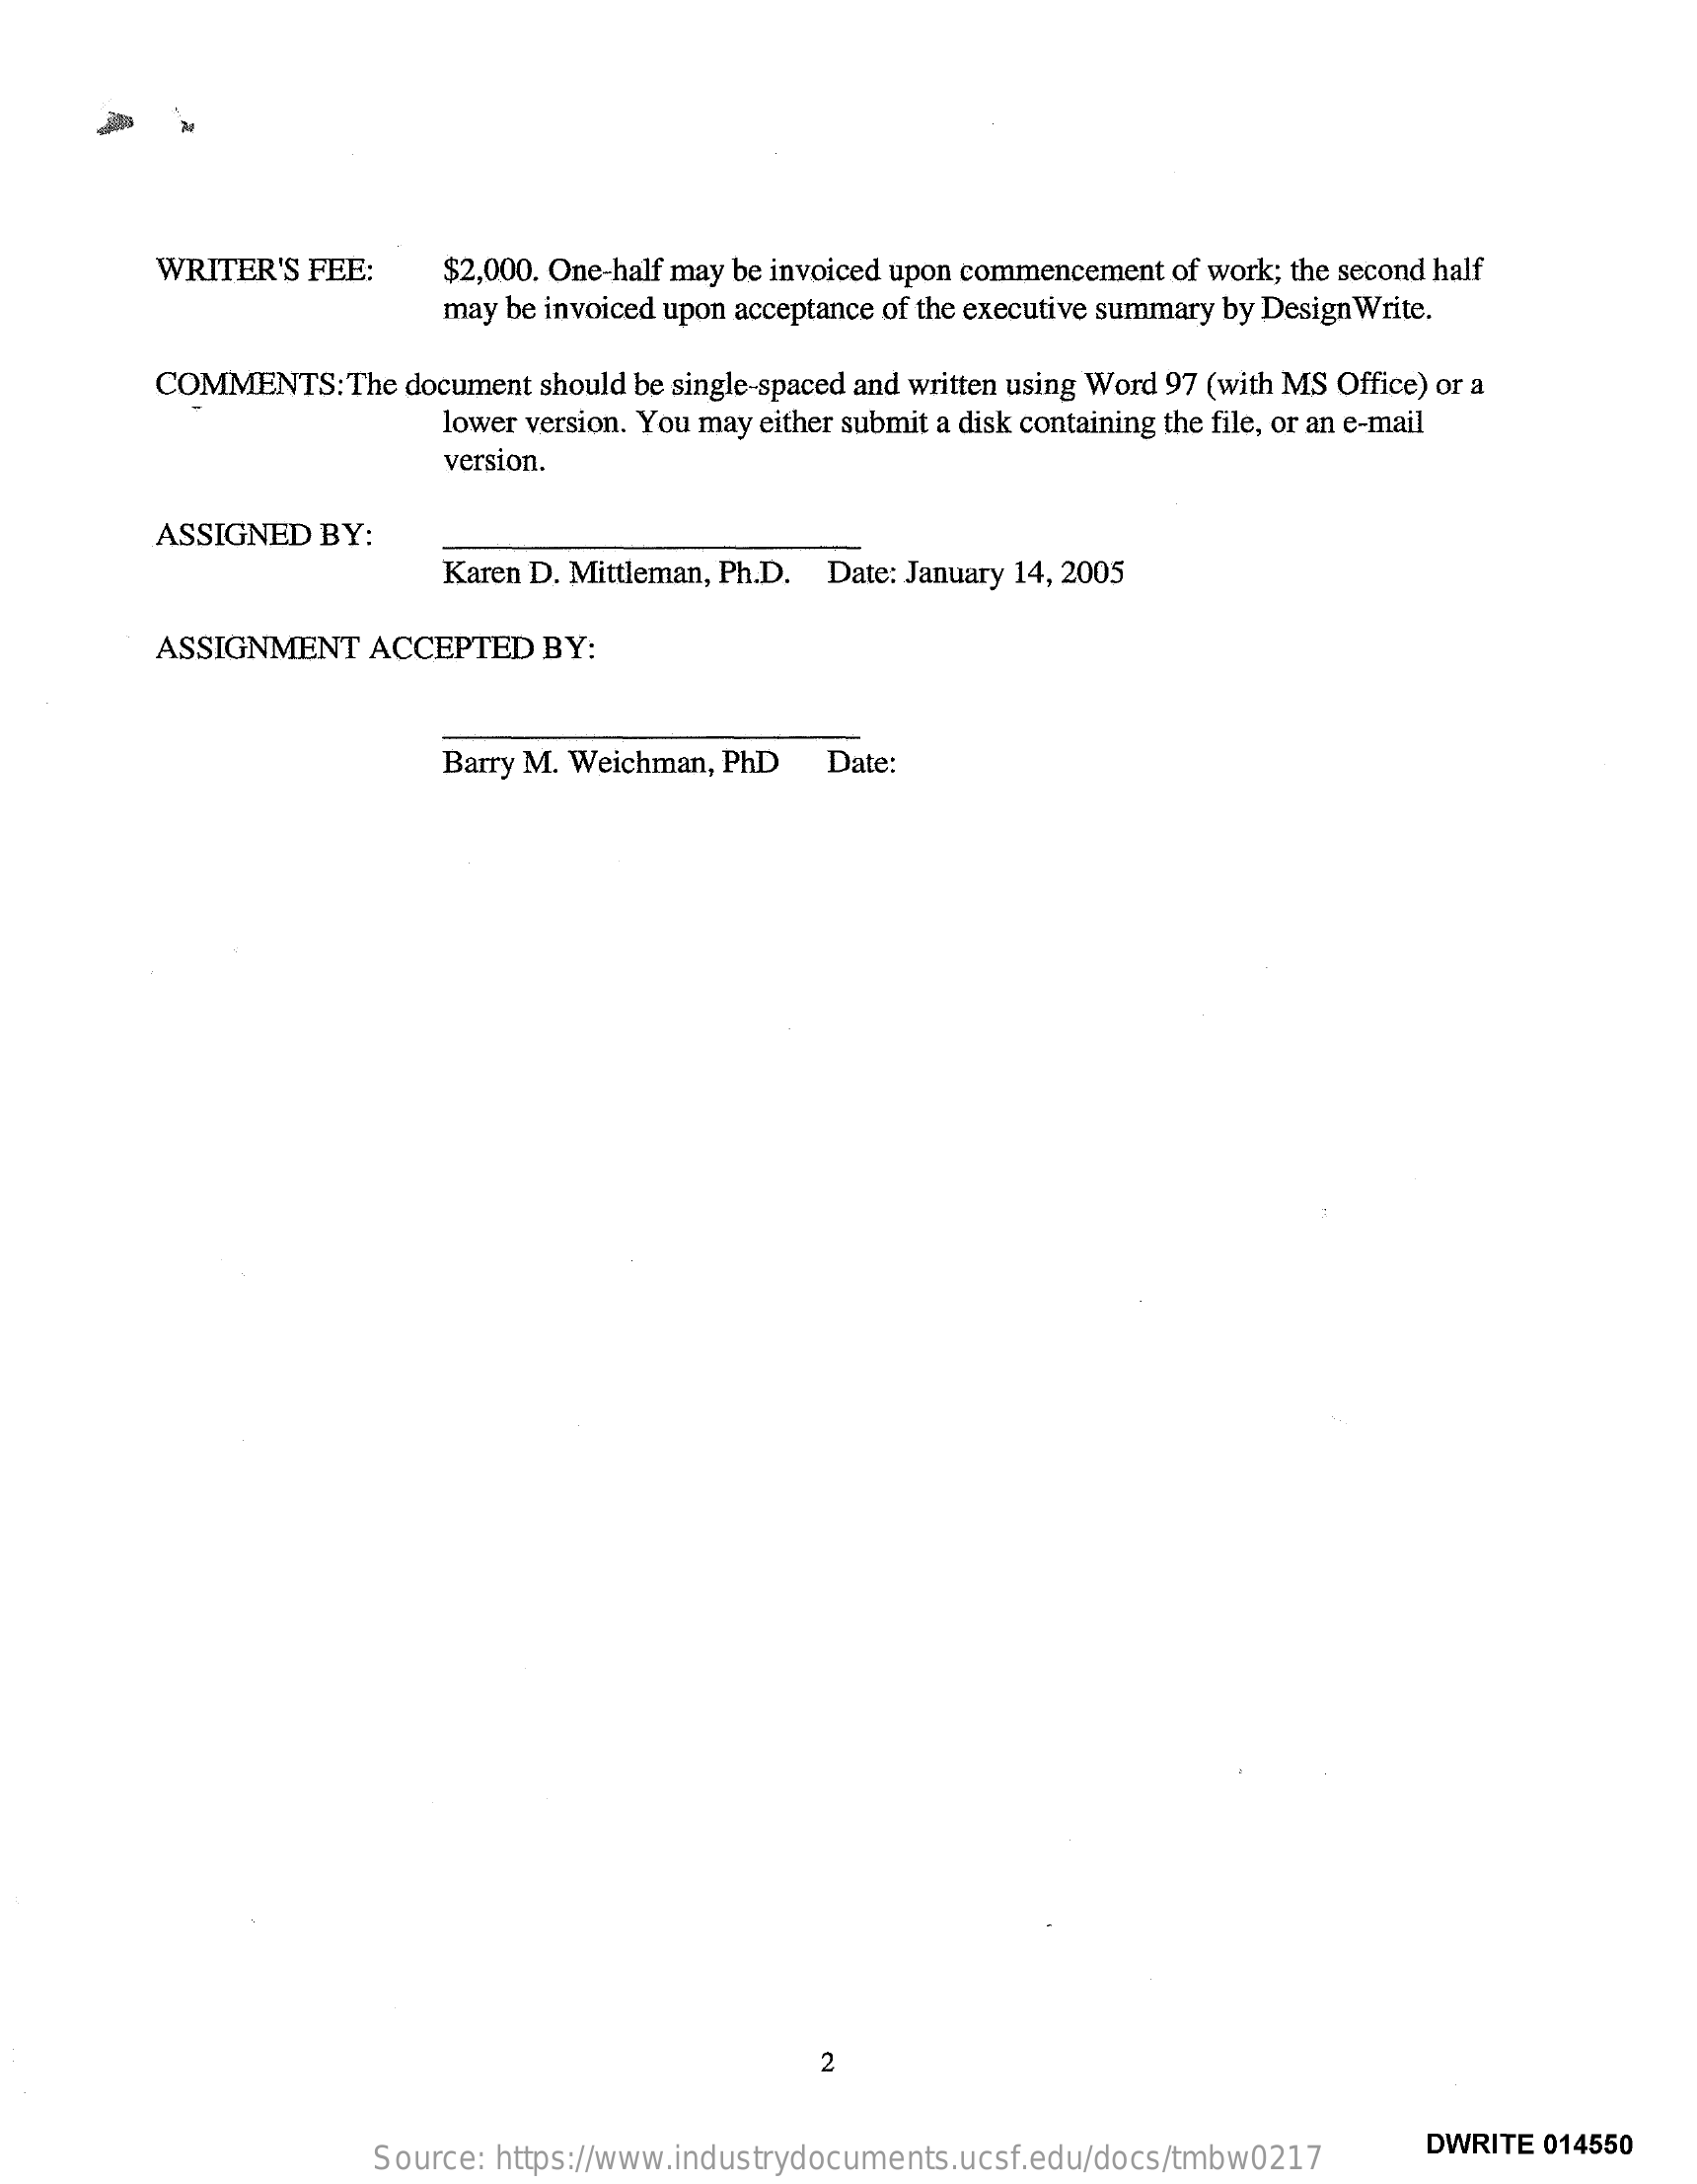
WRITER'S FEE:    $2,000. One-half may be invoiced upon commencement of work; the second half
     may be invoiced upon acceptance of the executive summary by Design Write.
     COMMENTS:  The document should be single-spaced and written using Word 97 (with MS Office) or a
     lower version. You may either submit a disk containing the file, or an e-mail
     version.
     ASSIGNED  BY:
     Karen D. Mittleman, Ph.D. Date: January 14, 2005
     ASSIGNMENT  ACCEPTED  BY:
     Barry M. Weichman, PhD Date:
     2
     Source: https://www.industrydocuments.ucsf.edu/docs/tmbw0217
     DWRITE 014550